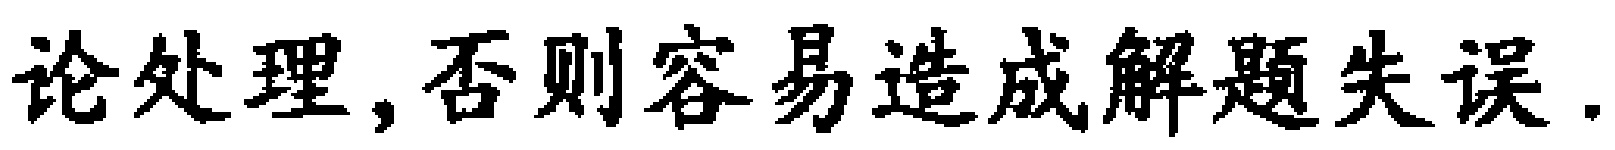
论处理,否则容易造成解题失误.